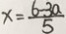
x = \frac { 6 - 3 a } { 5 }